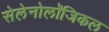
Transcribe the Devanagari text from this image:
सेलेनोलॉजिकल